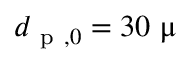
d _ { \mathrm { ~ p ~ } , 0 } = 3 0 ~ \upmu